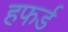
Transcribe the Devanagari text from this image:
हफर्ड